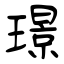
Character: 璟